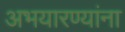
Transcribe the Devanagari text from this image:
अभयारण्यांना